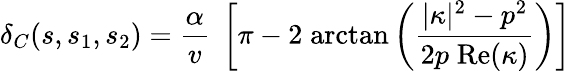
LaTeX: \delta_{C}(s,s_{1},s_{2})={\frac{\alpha}{v}}\; \left[\pi-2\; \mathrm{arctan}\left({\frac{\vert\kappa\vert^{2}-p^{2}}{2p\; \mathrm{Re}(\kappa)}}\right)\right]